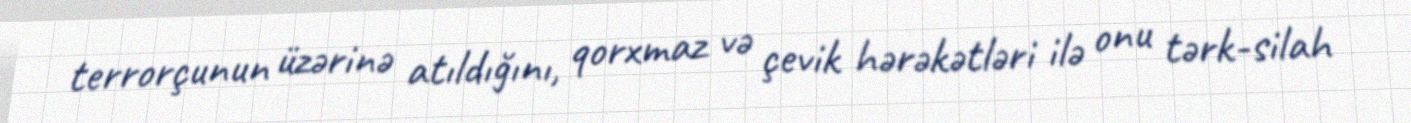
terrorçunun üzərinə atıldığını, qorxmaz və çevik hərəkətləri ilə onu tərk-silah